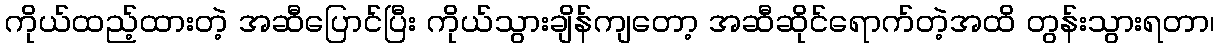
ကိုယ်ထည့်ထားတဲ့ အဆီပြောင်ပြီး ကိုယ်သွားချိန်ကျတော့ အဆီဆိုင်ရောက်တဲ့အထိ တွန်းသွားရတာ၊